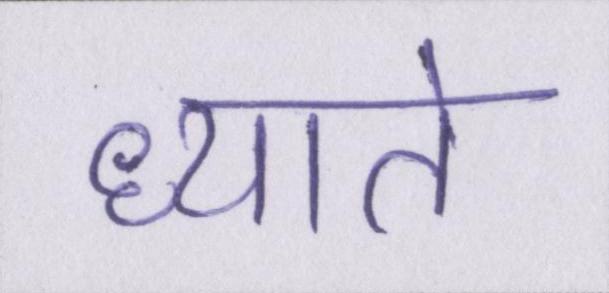
ध्याते